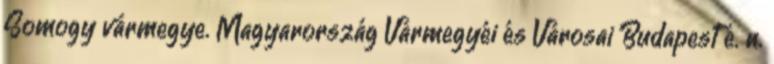
Somogy vármegye. Magyarország Vármegyéi és Városai Budapest é. n.